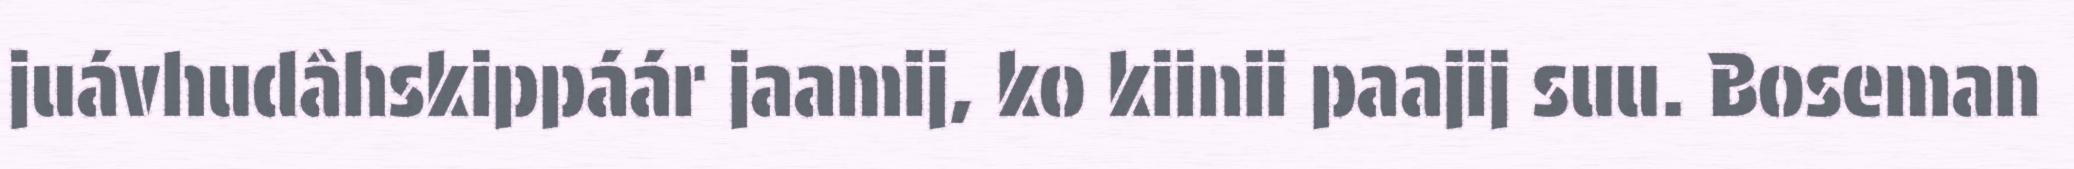
juávhudâhskippáár jaamij, ko kiinii paajij suu. Boseman